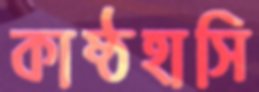
কাষ্ঠহাসি